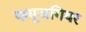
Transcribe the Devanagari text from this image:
फयूजगियर